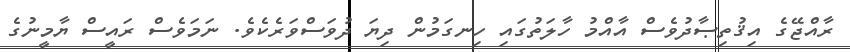
ރާއްޖޭގެ އިޤުތިޞާދުވެސް އާއްމު ހާލަތުގައި ހިނގަމުން ދިޔަ ދުވަސްވަރެކެވެ. ނަމަވެސް ރައީސް ޔާމީނުގެ